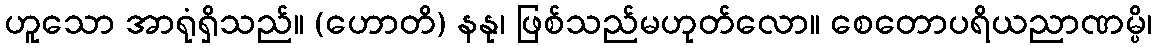
ဟူသော အာရုံရှိသည်။ (ဟောတိ) နနု၊ ဖြစ်သည်မဟုတ်လော။ စေတောပရိယညာဏမ္ပိ၊